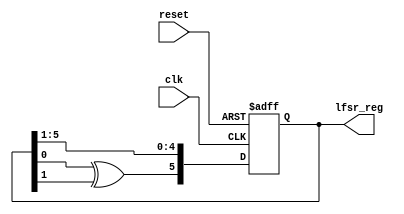
module lfsr (reset, clk, lfsr_reg);
     // Initial value to start from
     localparam [1:6] seed = 6'b110101;

     input reset, clk;
     output reg [1:6] lfsr_reg;

     wire xor_feedback;

     // Type 1 Linear-Feedback Shift Register (LFSR)
     // Characteristic polynomial: P(x) = x^6 + x^5 + 1
     // This particular LFSR is of "maximal length", meaning
     // it will go through all (2^N)-1 states (except 0s state)
     assign xor_feedback = lfsr_reg[6] ^ lfsr_reg[5];

     always @(posedge clk or posedge reset) begin
          if (reset) lfsr_reg <= seed;
          else lfsr_reg <= {xor_feedback, lfsr_reg[1:5]};
     end

endmodule